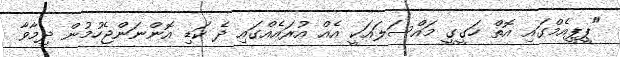
"ޕީޕީއެމްގައި އޮތް ހަގީގީ މައްސަލައަކީ އެއް އުރައެއްގައި ދެ ކަޑި އޮންނަންޖެހުމުން ދިމާވާ